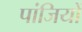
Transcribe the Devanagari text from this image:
पांजियों